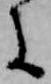
に